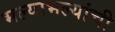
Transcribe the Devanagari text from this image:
भल्याभल्यांची